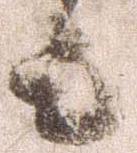
上